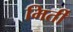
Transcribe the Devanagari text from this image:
मिर्ती